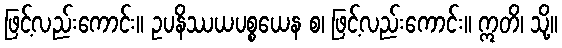
ဖြင့်လည်းကောင်း။ ဥပနိဿယပစ္စယေန စ၊ ဖြင့်လည်းကောင်း။ ဣတိ၊ သို့။